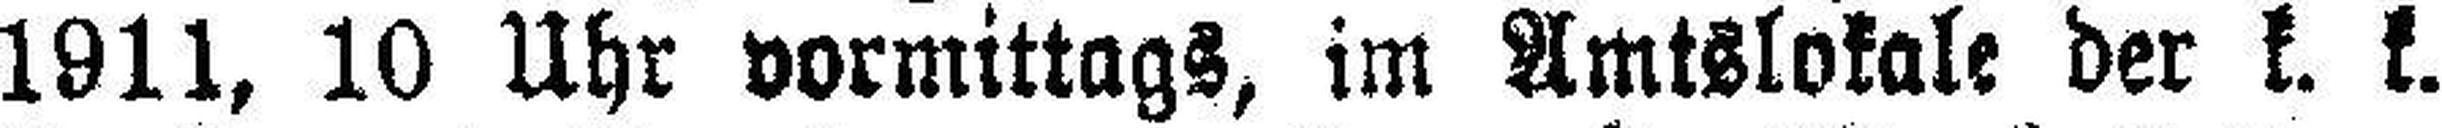
1911, 10 Uhr vormittags, im Amtslokale der k. k.